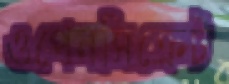
ওপেনসিক্রেট